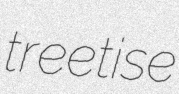
treetise